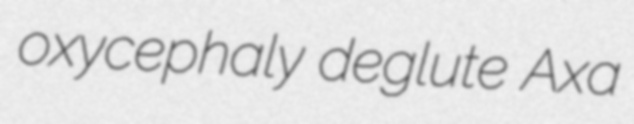
oxycephaly deglute Axa